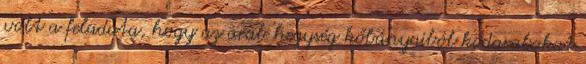
volt a feladata, hogy az arab hegység kőbányaiból kődarabokat